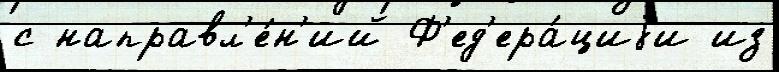
с направл'е́н'ий Ф'ед'ера́циjи из